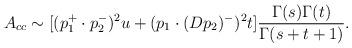
LaTeX: \begin{align*}A_{cc} \sim [ (p_1^+\cdot p_2^-)^2u + (p_1 \cdot(Dp_2)^-)^2t ] \frac{\Gamma(s) \Gamma(t)}{\Gamma(s + t + 1)}.\end{align*}